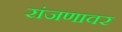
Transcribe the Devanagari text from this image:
रांजणावर